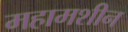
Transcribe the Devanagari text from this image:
महामशीन